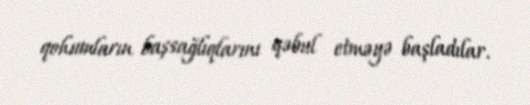
qohumların başsağlıqlarını qəbul etməyə başladılar.